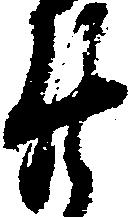
廿